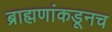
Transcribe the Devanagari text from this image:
ब्राह्मणांकडूनच